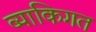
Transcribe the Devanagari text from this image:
व्याकिगत